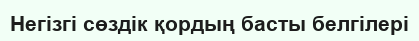
Негізгі сөздік қордың басты белгілері